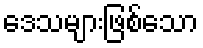
ဒေသများဖြစ်သော